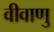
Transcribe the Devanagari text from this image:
वीवाणु